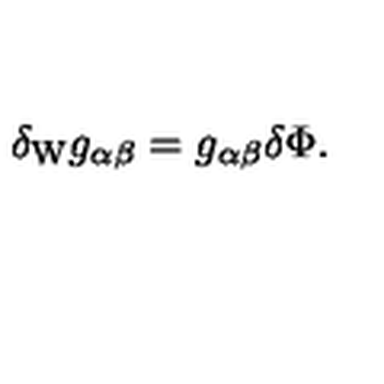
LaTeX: \delta _ { \mathrm { W } } g _ { \alpha \beta } = g _ { \alpha \beta } \delta \Phi .